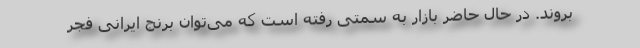
بروند. در حال حاضر بازار به سمتی رفته است که می‌توان برنج ایرانی فجر